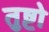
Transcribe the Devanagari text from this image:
तुष्टो